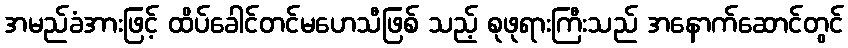
အမည်ခံအားဖြင့် ထိပ်ခေါင်တင်မဟေသီဖြစ် သည့် စုဖုရားကြီးသည် အနောက်ဆောင်တွင်